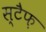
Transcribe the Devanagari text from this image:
स्टैफ़